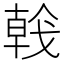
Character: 𢧢